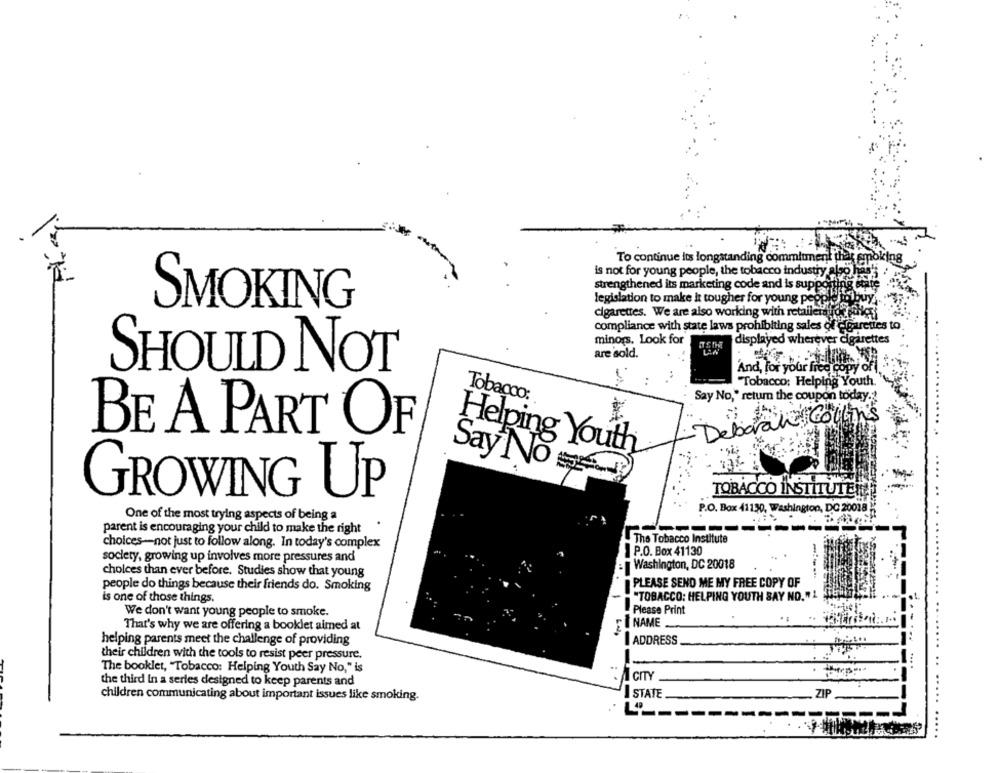
To continue its longstanding commitment
oking
is not for young people, the tobacco industry also het
strengthened its marketing code and is supporti
SMOKING
legislation to make it tougher for young Pa utas het
cigarettes. We are also working with retailer ios
compliance with state laws prohibiting sales of cigarettes to
minors. Look for
displayed wherever cigarettes
are sold.
SHOULD NOT
And, for your free copy of
..
"Tobacco; Helping Youth.
Tobacco:
Say No," retum the coupon today.
Deborah Collins
BE A PART OF
Helping Youth
Say Nosee
TOBACCO INSTITUTEN
GROWING UP
P.O. Box 41130, Washington, DC 20018
One of the most trying aspects of being a
parent is encouraging your child to make the right
The Tobacco Institute
choices-not just to follow along. In today's complex
P.O. Box 41130
society, growing up involves more pressures and
: Washington, DC 20018
cholces than ever before. Studies show that young
people do things because their friends do. Smoking
PLEASE SEND ME MY FREE COPY OF
is one of those things.
"TOBACCO: HELPING YOUTH SAY NO. " 1
We don't want young people to smoke.
Please Print
That's why we are offering a booklet aimed at
Fİ NAME
helping parents meet the challenge of providing
ADDRESS
their children with the tools to resist peer pressure.
The booklet, "Tobacco: Helping Youth Say No," is
I GITY
the third in a series designed to keep parents and
children communicating about important issues like smoking.
STATE
ZIP
..*